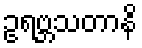
ဥရဗ္ဘသတာနိ